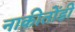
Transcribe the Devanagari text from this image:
नाकीतोंडी